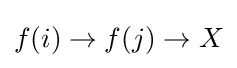
f(i)\to f(j)\to X